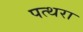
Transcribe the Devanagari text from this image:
पत्थरा